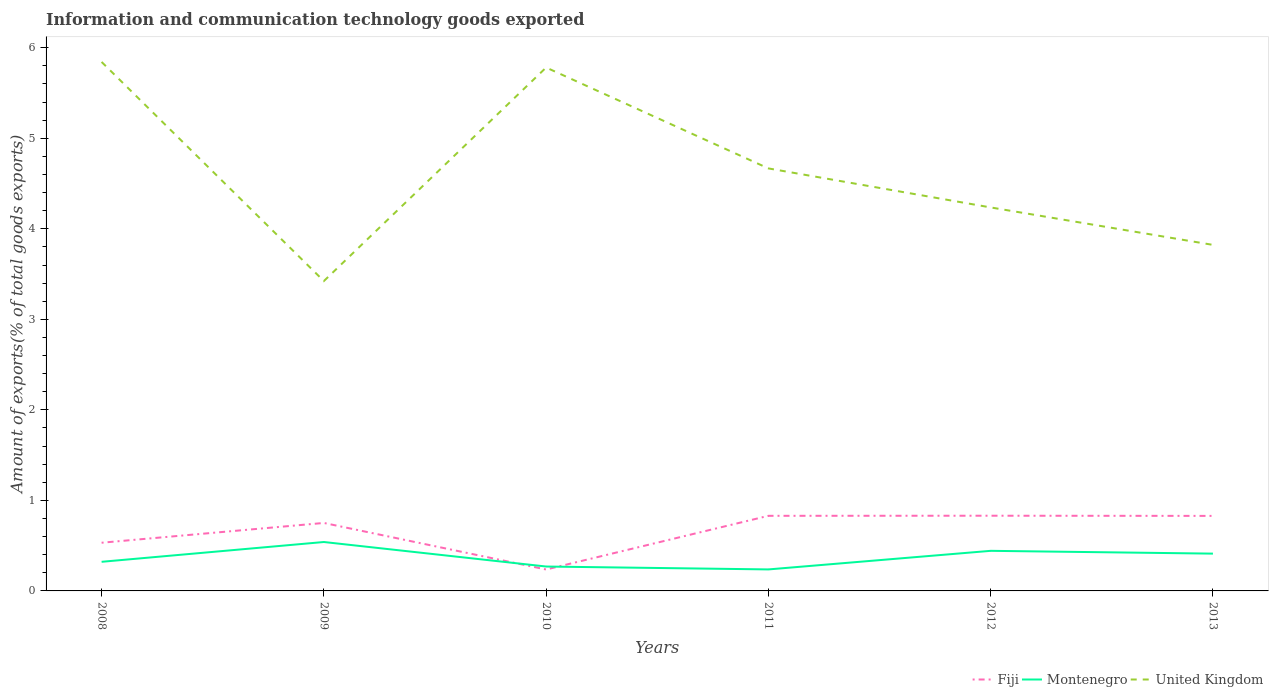
| Years | Fiji | Montenegro | United Kingdom |
 | --- | --- | --- | --- |
 | 2008 | 0.532 | 0.322 | 5.84 |
 | 2009 | 0.751 | 0.54 | 3.42 |
 | 2010 | 0.237 | 0.269 | 5.78 |
 | 2011 | 0.83 | 0.238 | 4.67 |
 | 2012 | 0.831 | 0.443 | 4.24 |
 | 2013 | 0.829 | 0.412 | 3.82 |